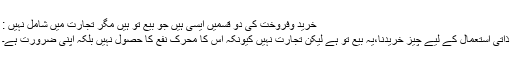
خرید وفروخت کی دو قسمیں ایسی ہیں جو بیع تو ہیں مگر تجارت میں شامل نہیں :
ذاتی استعمال کے لیے چیز خریدنا،یہ بیع تو ہے لیکن تجارت نہیں کیونکہ اس کا محرک نفع کا حصول نہیں بلکہ اپنی ضرورت ہے۔